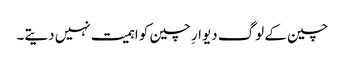
چین کے لوگ دیوارِ چین کو اہمیت نہیں دیتے۔